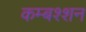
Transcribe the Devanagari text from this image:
कम्बश्शन